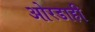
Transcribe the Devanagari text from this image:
ओरडाही